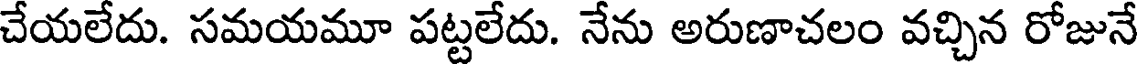
చేయలేదు. సమయమూ పట్టలేదు. నేను అరుణాచలం వచ్చిన రోజునే